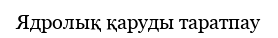
Ядролық қаруды таратпау